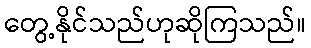
တွေ့နိုင်သည်ဟုဆိုကြသည်။